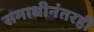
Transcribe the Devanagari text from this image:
समाधीनंतरही